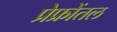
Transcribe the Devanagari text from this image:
प्रेफ्रोंतल